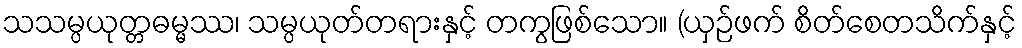
သသမ္ပယုတ္တဓမ္မဿ၊ သမ္ပယုတ်တရားနှင့် တကွဖြစ်သော။ (ယှဉ်ဖက် စိတ်စေတသိက်နှင့်